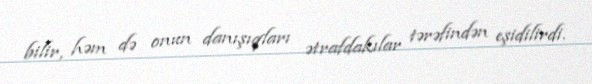
bilir, həm də onun danışıqları ətrafdakılar tərəfindən eşidilirdi.